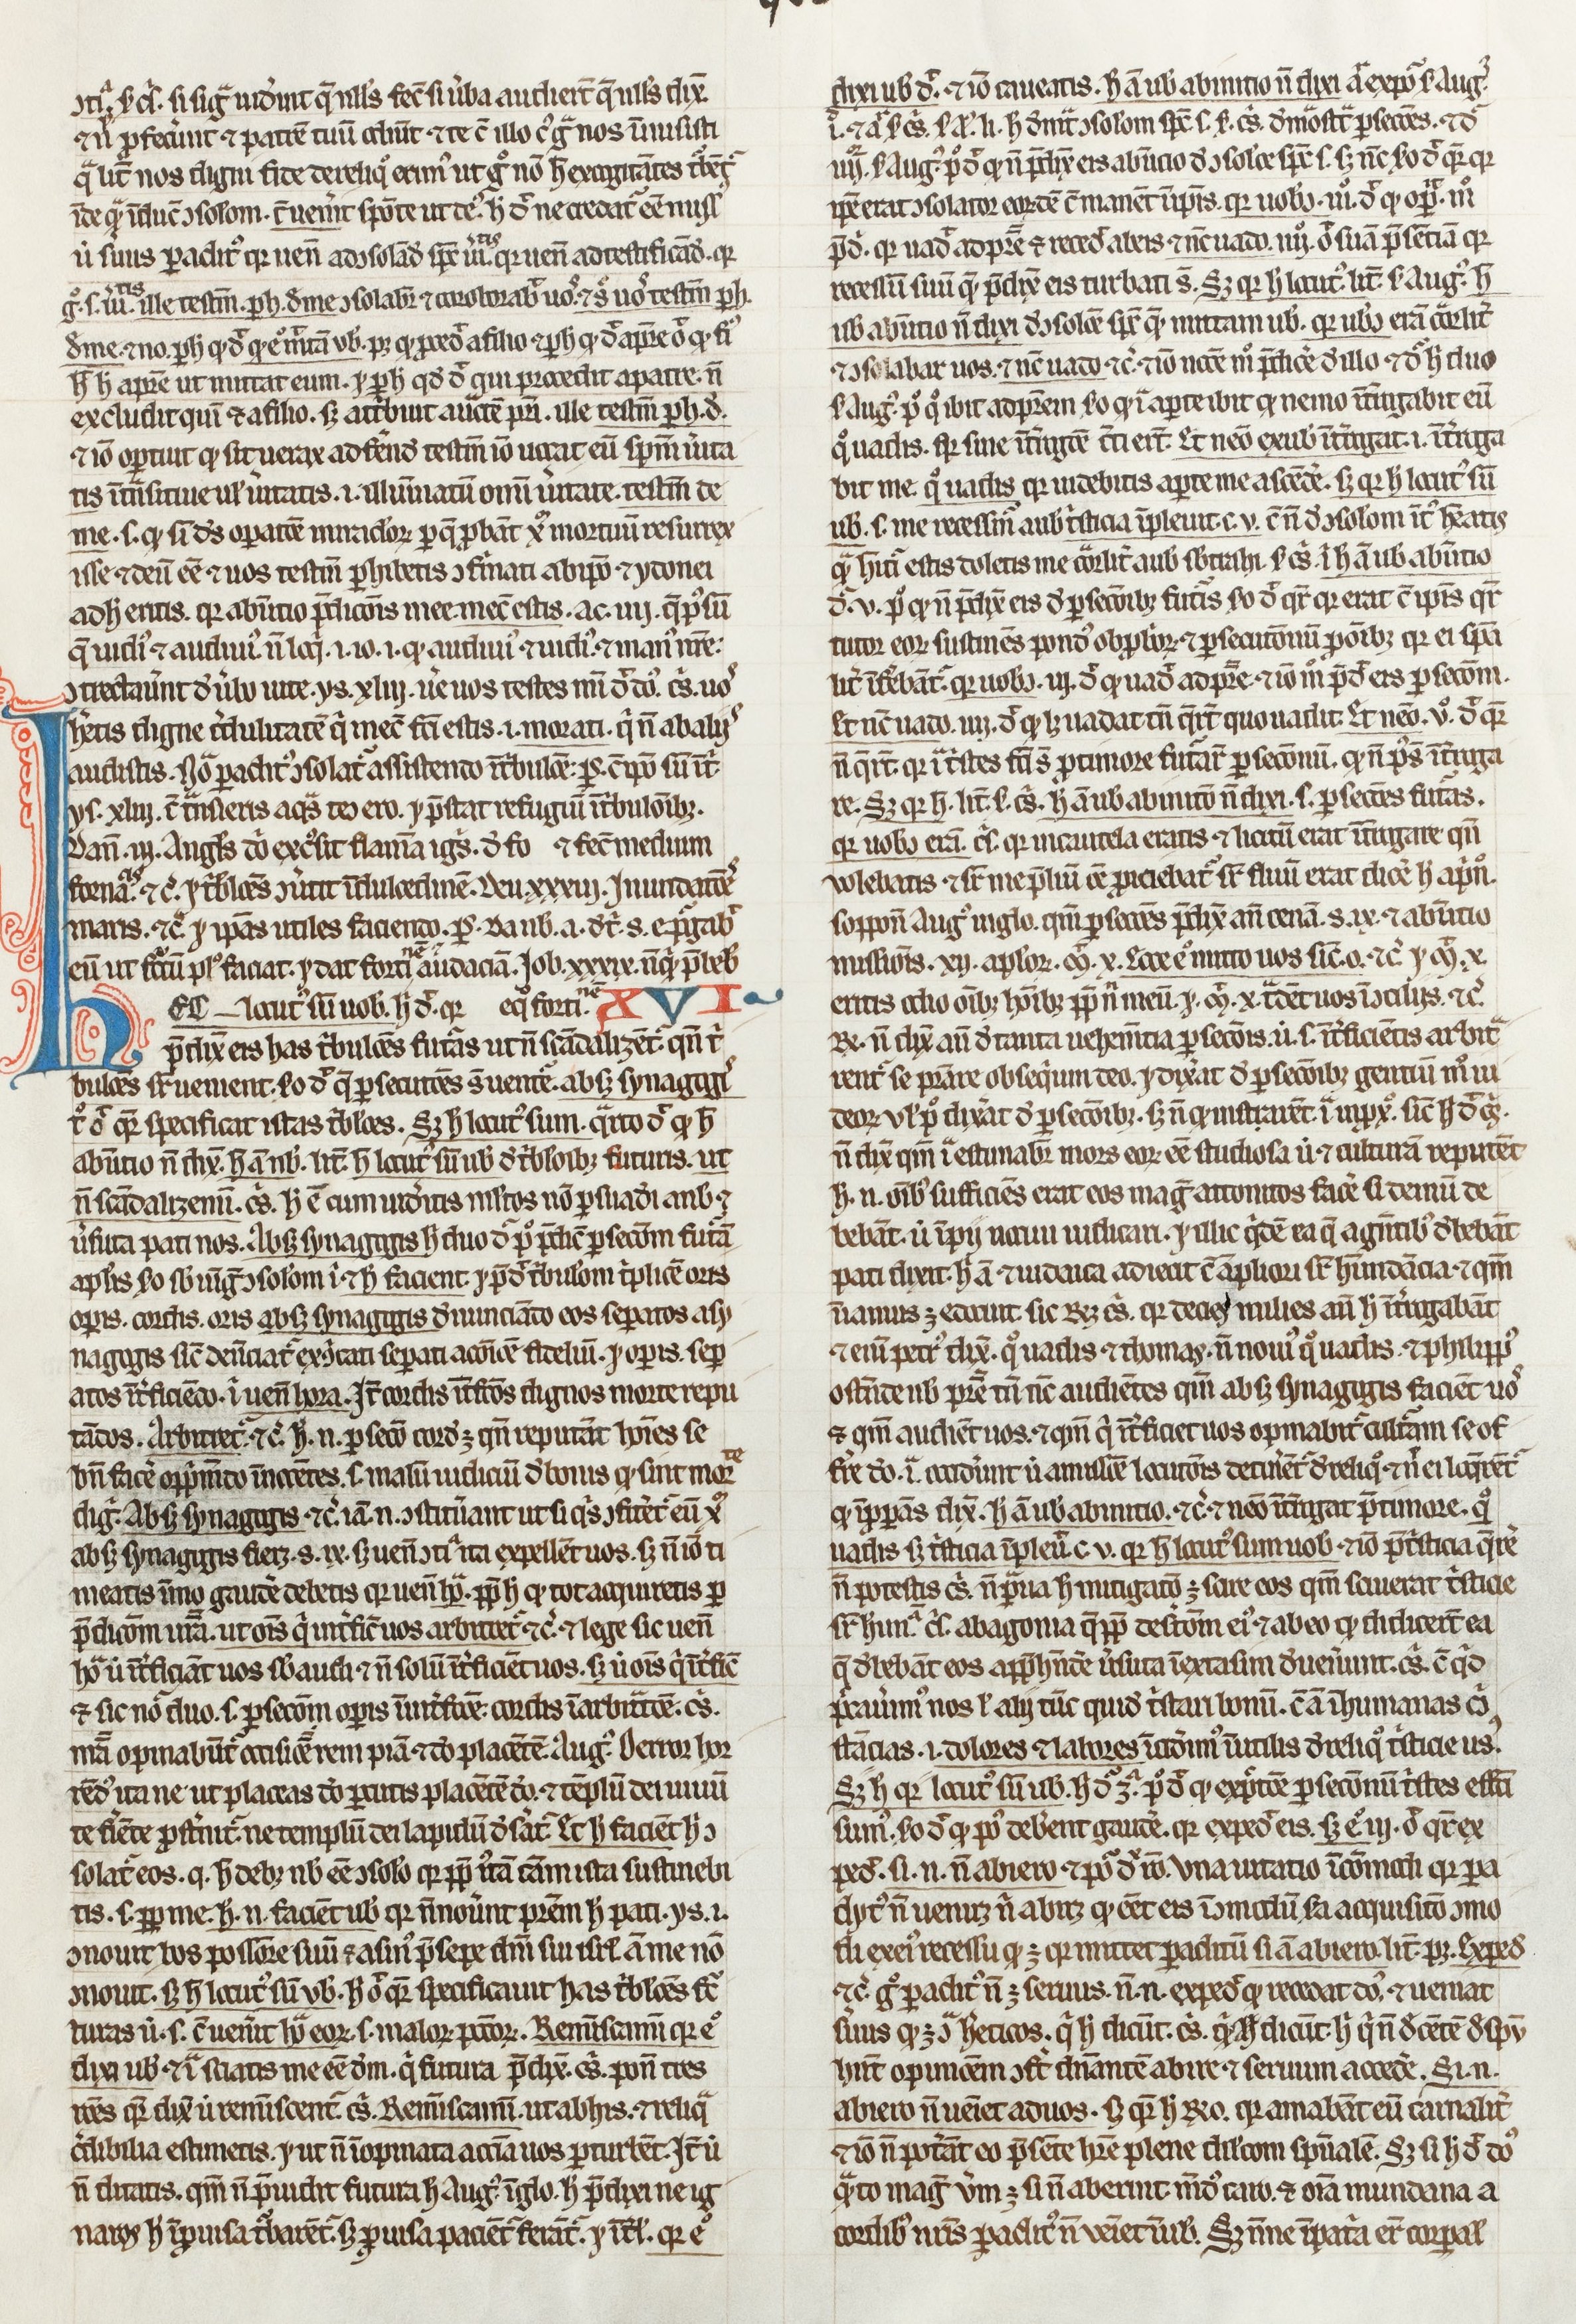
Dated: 1400–1430